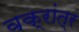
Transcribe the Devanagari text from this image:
वक्रांत्र